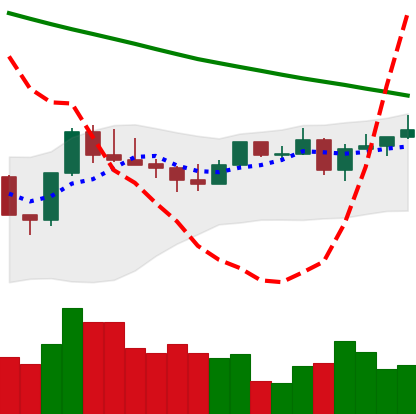
Ticker: LTC-USD
Chart end date: 2022-08-13
Forward return: -5.816%
Label: down_5_7